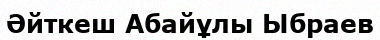
Әйткеш Абайұлы Ыбраев